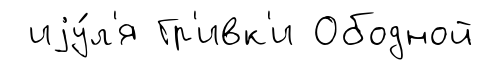
иjу́л'я Гр'ивк'и Ободной